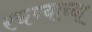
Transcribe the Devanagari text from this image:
रचण्याच्या